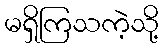
မရှိကြသကဲ့သို့